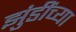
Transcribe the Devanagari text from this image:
झुंडींच्या